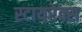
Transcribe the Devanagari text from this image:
स्टायरेक्स